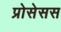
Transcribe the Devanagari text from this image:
प्रोसेसस